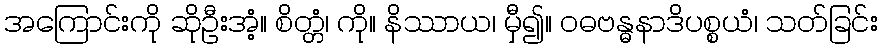
အကြောင်းကို ဆိုဦးအံ့။ စိတ္တံ၊ ကို။ နိဿာယ၊ မှီ၍။ ဝဓဗန္ဓနာဒိပစ္စယံ၊ သတ်ခြင်း